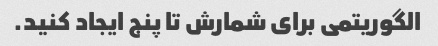
الگوریتمی برای شمارش تا پنج ایجاد کنید.